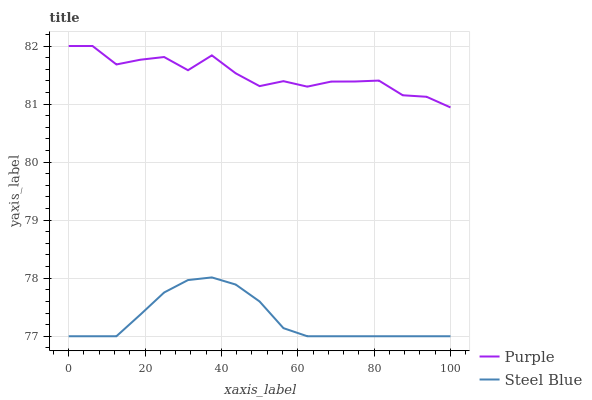
| xaxis_label | Purple | Steel Blue |
 | --- | --- | --- |
 | 0 | 82 | 77 |
 | 6.25 | 82 | 77 |
 | 12.5 | 81.7 | 77 |
 | 18.8 | 81.8 | 77.4 |
 | 25 | 81.8 | 77.8 |
 | 31.2 | 81.6 | 78 |
 | 37.5 | 81.8 | 78 |
 | 43.8 | 81.5 | 77.9 |
 | 50 | 81.3 | 77.6 |
 | 56.2 | 81.4 | 77.1 |
 | 62.5 | 81.3 | 77 |
 | 68.8 | 81.4 | 77 |
 | 75 | 81.4 | 77 |
 | 81.2 | 81.4 | 77 |
 | 87.5 | 81.2 | 77 |
 | 93.8 | 81.1 | 77 |
 | 100 | 80.9 | 77 |